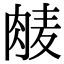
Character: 𮌕